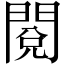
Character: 閱